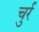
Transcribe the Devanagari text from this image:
चुर्र